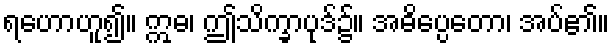
ရဟောဟူ၍။ ဣဓ၊ ဤသိက္ခာပုဒ်၌။ အဓိပ္ပေတော၊ အပ်၏။